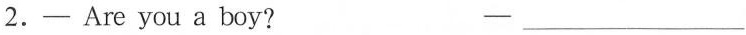
2. —Are you a boy? —___